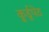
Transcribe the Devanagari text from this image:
कु्र्डूपेठ